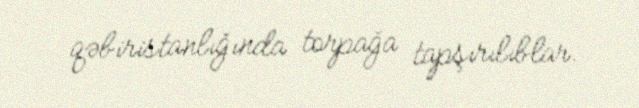
qəbiristanlığında torpağa tapşırılıblar.